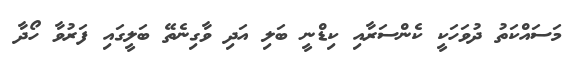
މަސައްކަތު ދުވަހަކީ ކެންސަރާއި ކިޑްނީ ބަލި އަދި ވާގިނެތޭ ބަލީގައި ފަރުވާ ހޯދާ